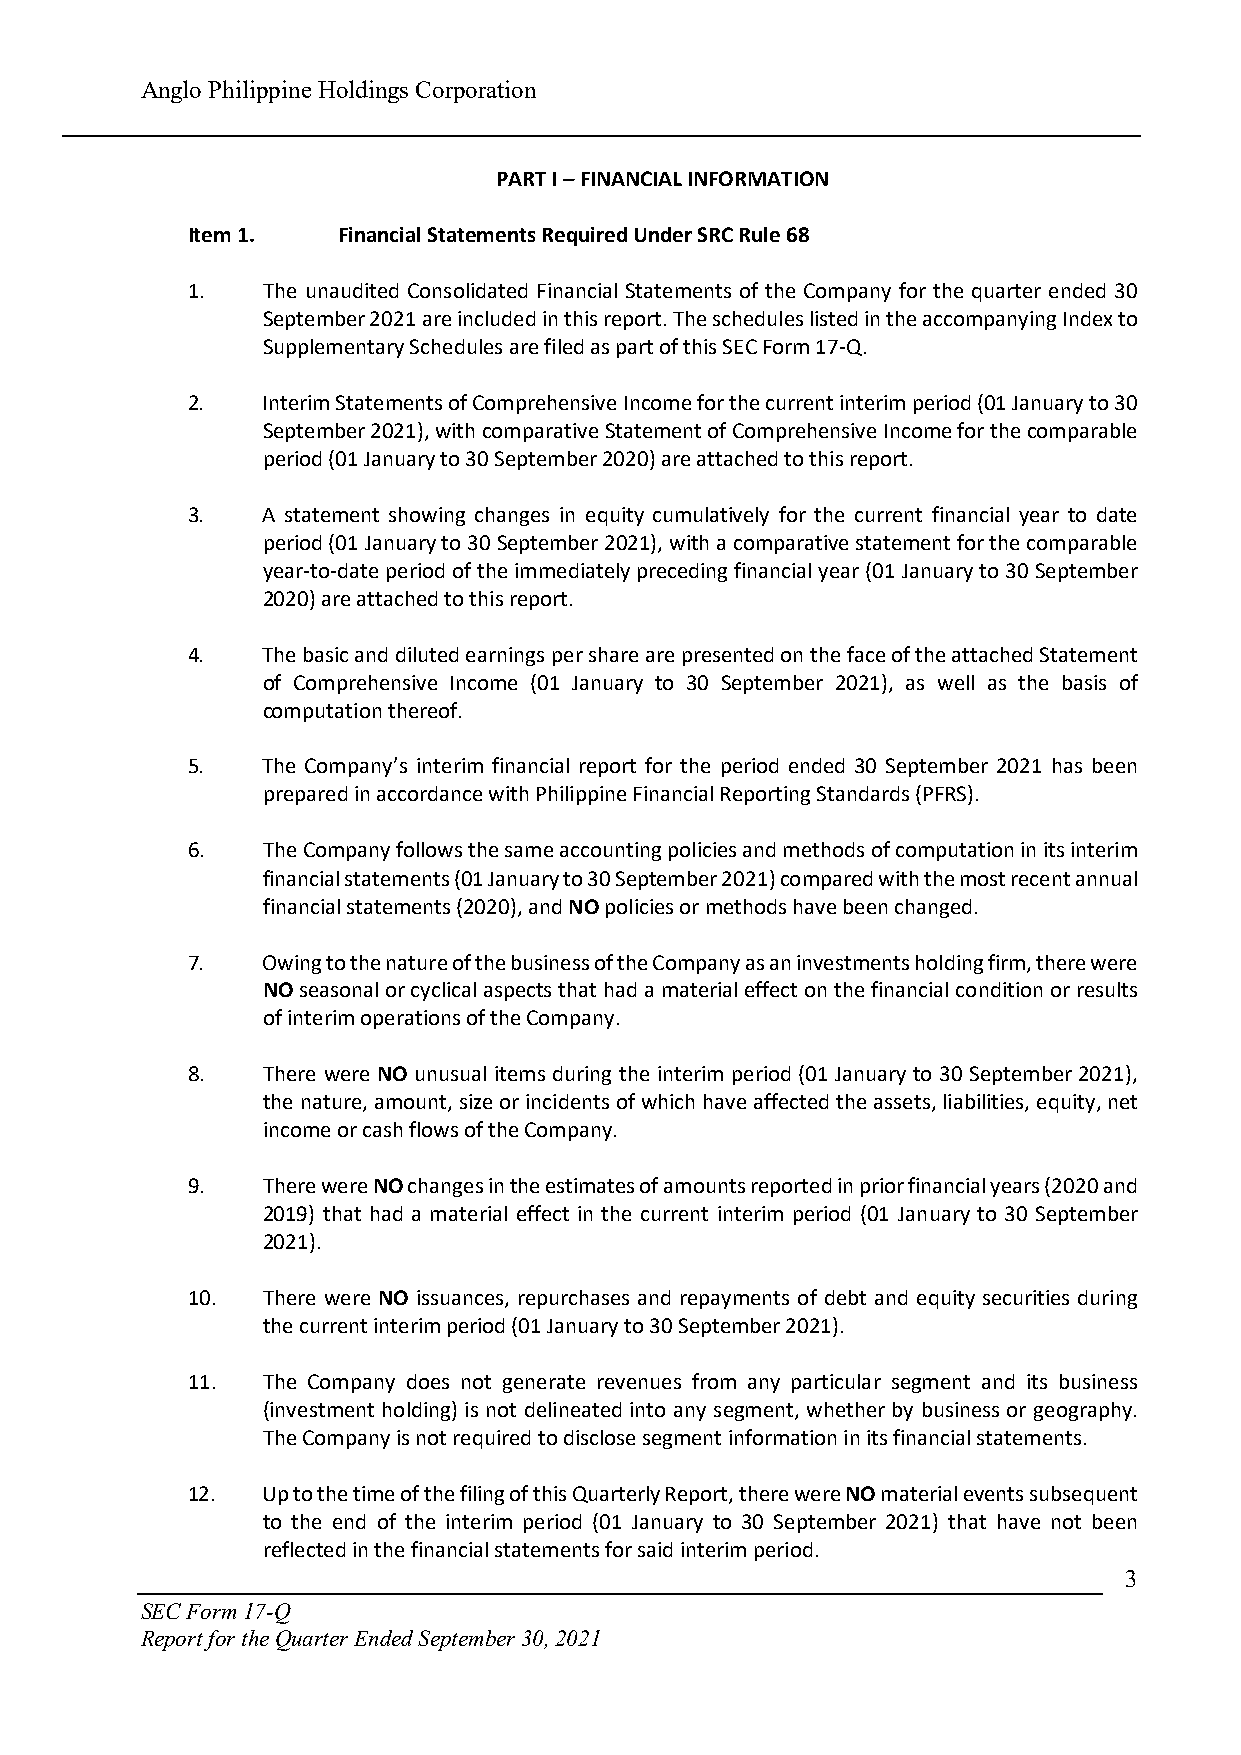
Anglo Philippine Holdings Corporation
 PART I – FINANCIAL INFORMATION
 Item 1.   Financial Statements Required Under SRC Rule 68
 1.   The unaudited Consolidated Financial Statements of the Company for the quarter ended 30
 September 2021 are included in this report. The schedules listed in the accompanying Index to
 Supplementary Schedules are filed as part of this SEC Form 17-Q.
 2.   Interim Statements of Comprehensive Income for the current interim period (01 January to 30
 September 2021), with comparative Statement of Comprehensive Income for the comparable
 period (01 January to 30 September 2020) are attached to this report.
 3.   A statement showing changes in equity cumulatively for the current financial year to date
 period (01 January to 30 September 2021), with a comparative statement for the comparable
 year-to-date period of the immediately preceding financial year (01 January to 30 September
 2020) are attached to this report.
 4.   The basic and diluted earnings per share are presented on the face of the attached Statement
 of Comprehensive Income (01 January to 30 September 2021), as well as the basis of
 computation thereof.
 5.   The Company’s interim financial report for the period ended 30 September 2021 has been
 prepared in accordance with Philippine Financial Reporting Standards (PFRS).
 6.   The Company follows the same accounting policies and methods of computation in its interim
 financial statements (01 January to 30 September 2021) compared with the most recent annual
 financial statements (2020), and NO policies or methods have been changed.
 7.   Owing to the nature of the business of the Company as an investments holding firm, there were
 NO seasonal or cyclical aspects that had a material effect on the financial condition or results
 of interim operations of the Company.
 8.   There were NO unusual items during the interim period (01 January to 30 September 2021),
 the nature, amount, size or incidents of which have affected the assets, liabilities, equity, net
 income or cash flows of the Company.
 9.   There were NO changes in the estimates of amounts reported in prior financial years (2020 and
 2019) that had a material effect in the current interim period (01 January to 30 September
 2021).
 10.  There were NO issuances, repurchases and repayments of debt and equity securities during
 the current interim period (01 January to 30 September 2021).
 11.  The Company does not generate revenues from any particular segment and its business
 (investment holding) is not delineated into any segment, whether by business or geography.
 The Company is not required to disclose segment information in its financial statements.
 12.  Up to the time of the filing of this Quarterly Report, there were NO material events subsequent
 to the end of the interim period (01 January to 30 September 2021) that have not been
 reflected in the financial statements for said interim period.
 3
 SEC Form 17-Q
 Report for the Quarter Ended September 30, 2021